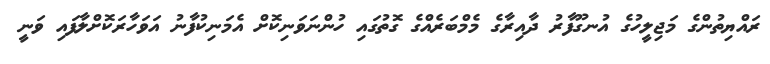
ރައްޔިތުންގެ މަޖިލީހުގެ އުނގޫފާރު ދާއިރާގެ މެމްބަރެއްގެ ގޮތުގައި ހުންނަވަނިކޮށް އެމަނިކުފާނު އަވަހާރަކޮށްލާފައި ވަނީ